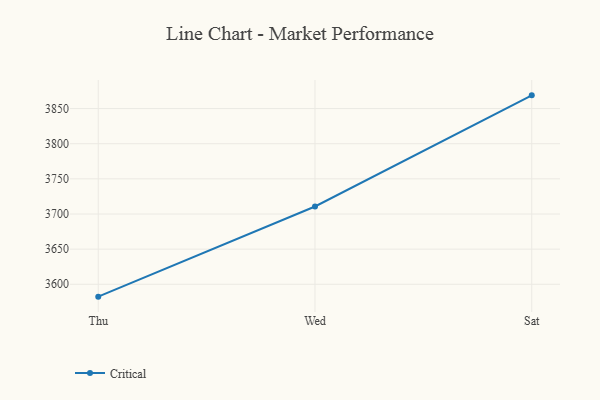
{"axis": {"x": "Day", "y": "Market Share (%)"}, "legend": ["Critical"], "data": [{"x": "Thu", "y": 3582.4, "type": "Critical"}, {"x": "Wed", "y": 3710.7, "type": "Critical"}, {"x": "Sat", "y": 3868.8, "type": "Critical"}]}